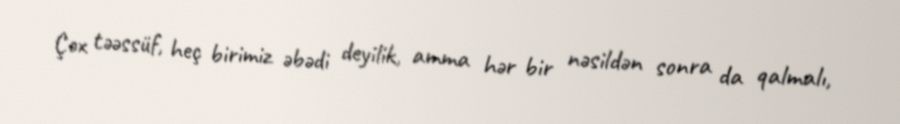
Çox təəssüf, heç birimiz əbədi deyilik, amma hər bir nəsildən sonra da qalmalı,